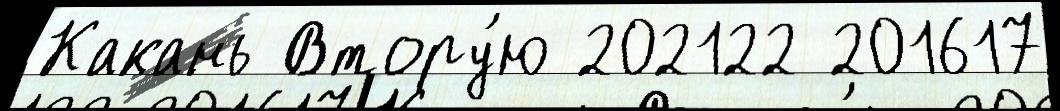
Какань Втору́ю 202122 201617